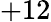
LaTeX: +12